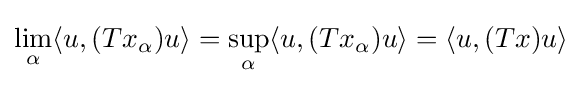
\lim _{\alpha }\langle u,(Tx_{\alpha })u\rangle =\sup _{\alpha }\langle u,(Tx_{\alpha })u\rangle =\langle u,(Tx)u\rangle